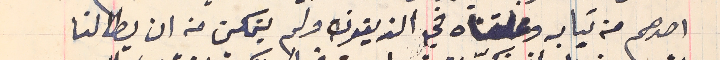
احدهم من تبابه وعلقناه في الزيتون ولم يتمكن من ان يطالنا